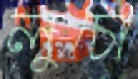
লুচো